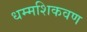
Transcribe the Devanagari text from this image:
धम्मशिकवण